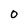
Character: O